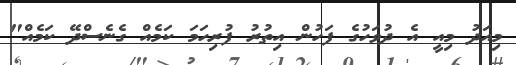
މިއަދު މިއީ އެ ދުވަހުގެ ފަހުން އިތުރު ފުރިހަމަ ކަމެއް ގެނެސްދޭ ކަމެއް"